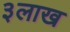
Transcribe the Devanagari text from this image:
३लाख